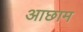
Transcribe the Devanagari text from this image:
आछाम